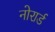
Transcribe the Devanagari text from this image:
नोरार्ड